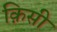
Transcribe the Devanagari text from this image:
क़िसी